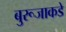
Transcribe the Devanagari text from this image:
बुरूजाकडे